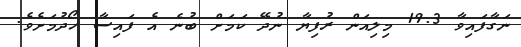
ނަގާފައިވާ 19.3 މިލިއަން ރުފިޔާ ނުދޭ ކަމަށް ބުނެ އެ ފައިސާ ހޯދުމަށެވެ.